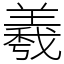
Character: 羲